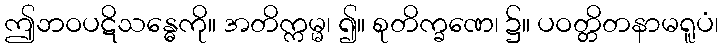
ဤဘဝပဋိသန္ဓေကို။ အတိက္ကမ္မ၊ ၍။ စုတိက္ခဏေ၊ ၌။ ပဝတ္တိတနာမရူပံ၊